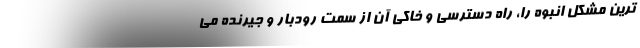
ترین مشکل انبوه را، راه دسترسی و خاکی آن از سمت رودبار و جیرنده می